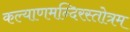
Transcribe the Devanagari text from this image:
कल्याणमन्दिरस्तोत्रम